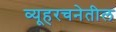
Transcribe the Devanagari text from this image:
व्यूहरचनेतील